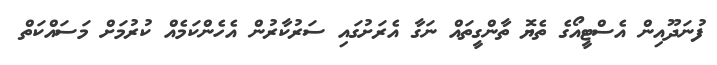
ފުނަދޫއިން އެސްޓީއޯގެ ތެޔޮ ތާންގީތައް ނަގާ އެރަށުގައި ސަރުކާރުން އެހެންކަމެއް ކުރުމަށް މަސައްކަތް